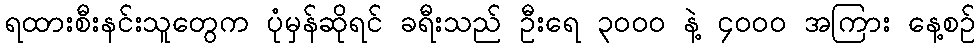
ရထားစီးနင်းသူတွေက ပုံမှန်ဆိုရင် ခရီးသည် ဦးရေ ၃၀၀၀ နဲ့ ၄၀၀၀ အကြား နေ့စဉ်